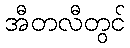
အီတလီတွင်